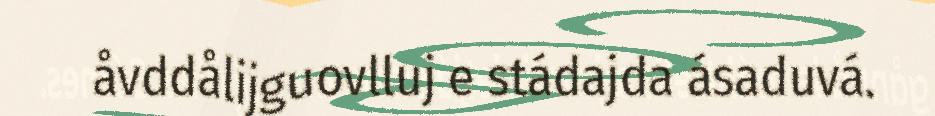
åvddålijguovlluj e stádajda ásaduvá.